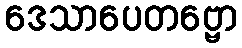
ဒေသာပေတဗ္ဗော